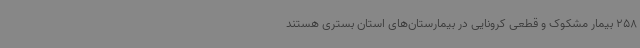
258 بیمار مشکوک و قطعی کرونایی در بیمارستان‌های استان بستری هستند